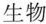
生物